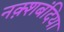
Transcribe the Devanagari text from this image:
नक़्शबंदिया